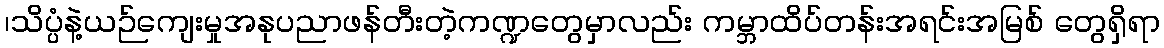
၊သိပ္ပံနဲ့ယဉ်ကျေးမှုအနုပညာဖန်တီးတဲ့ကဏ္ဍတွေမှာလည်း ကမ္ဘာထိပ်တန်းအရင်းအမြစ် တွေရှိရာ